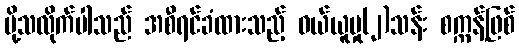
ပို့သလိုက်ပါသည် အစီရင်ခံထားသည့် ဝယ်ယူမှု(၂)သန်း စက္ကန့်ဖြစ်